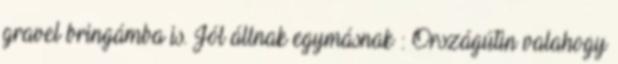
gravel bringámba is. Jól állnak egymásnak : Országútin valahogy